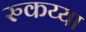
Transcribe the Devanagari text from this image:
रुकय्या